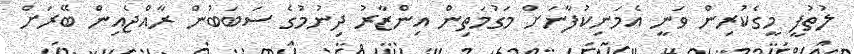
ލުތުފީ މީގެކުރިން ވަނީ އެމަނިކުފާނަށް މަގުމަތިން އިންޒާރު ދިނުމުގެ ސަބަބުން ރާއްޖެއިން ބޭރަށް